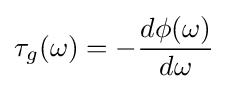
\tau _{g}(\omega )=-{\frac {d\phi (\omega )}{d\omega }}